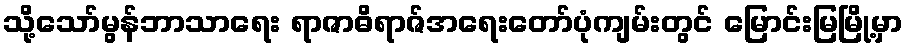
သို့သော်မွန်ဘာသာရေး ရာဇာဓိရာဇ်အရေးတော်ပုံကျမ်းတွင် မြောင်းမြမြို့မှာ